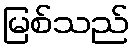
မြစ်သည်